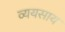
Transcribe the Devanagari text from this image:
व्ययसाय